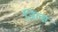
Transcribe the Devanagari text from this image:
जिल्स